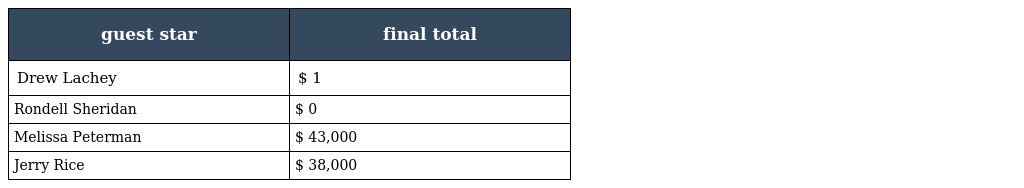
| guest star | final total |
 | --- | --- |
 | Drew Lachey | $ 1 |
 | Rondell Sheridan | $ 0 |
 | Melissa Peterman | $ 43,000 |
 | Jerry Rice | $ 38,000 |